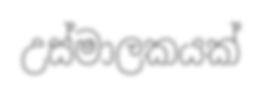
උස්මාලකයක්